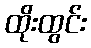
ထိုးထွင်း